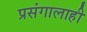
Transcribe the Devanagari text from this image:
प्रसंगालाही